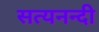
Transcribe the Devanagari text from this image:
सत्यनन्दी